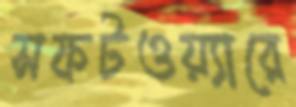
সফটওয়্যারে